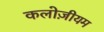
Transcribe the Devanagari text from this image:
कलोज़ीयम